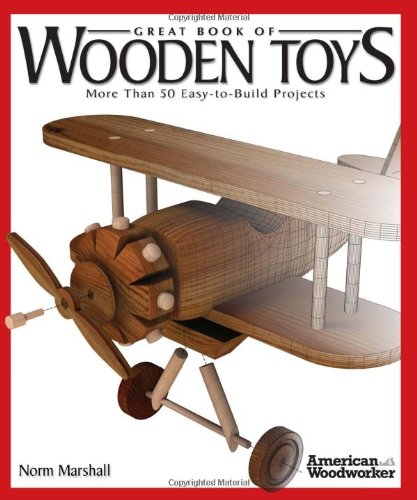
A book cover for Great Book of Wooden Toys: More Than 50 Easy-To-Build Projects (American Woodworker); Norman Marshall; Crafts, Hobbies & Home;